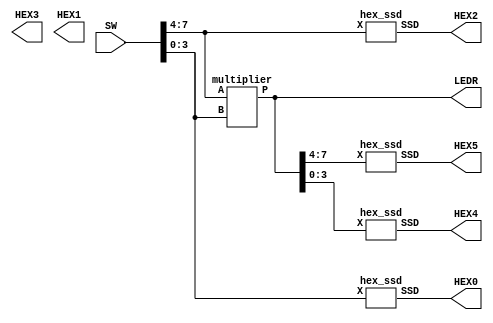
module part3 (SW, LEDR, HEX5, HEX4, HEX3, HEX2, HEX1, HEX0);
  input [7:0] SW;
  output [7:0] LEDR;
  output [0:6] HEX5, HEX4, HEX3, HEX2, HEX1, HEX0;

  multiplier M0 (SW[7:4], SW[3:0], LEDR[7:0]);

  hex_ssd H0 (SW[7:4], HEX2);
  hex_ssd H1 (SW[3:0], HEX0);
  hex_ssd H2 (LEDR[7:4], HEX5);
  hex_ssd H3 (LEDR[3:0], HEX4);
endmodule

module multiplier (A, B, P);
  input [3:0] A, B;
  output [7:0] P;

  wire c01, c02, c03, c04;
  wire s02, s03, s04;

  wire c12, c13, c14, c15;
  wire s13, s14, s15;

  wire c23, c24, c25, c26;

  assign P[0] = A[0] & B[0];

  fulladder F01 (A[1] & B[0], A[0] & B[1], 1'b0, P[1], c01);
  fulladder F02 (A[2] & B[0], A[1] & B[1], c01, s02, c02);
  fulladder F03 (A[3] & B[0], A[2] & B[1], c02, s03, c03);
  fulladder F04 (1'b0, A[3] & B[1], c03, s04, c04);

  fulladder F12 (s02, A[0] & B[2], 1'b0, P[2], c12);
  fulladder F13 (s03, A[1] & B[2], c12, s13, c13);
  fulladder F14 (s04, A[2] & B[2], c13, s14, c14);
  fulladder F15 (c04, A[3] & B[2], c14, s15, c15);

  fulladder F23 (s13, A[0] & B[3], 1'b0, P[3], c23);
  fulladder F24 (s14, A[1] & B[3], c23, P[4], c24);
  fulladder F25 (s15, A[2] & B[3], c24, P[5], c25);
  fulladder F26 (c15, A[3] & B[3], c25, P[6], P[7]);

endmodule

module hex_ssd (X, SSD);
  input [3:0] X;
  output [6:0] SSD;

  assign SSD[0] = (~X[3] &  X[2] & ~X[1] & ~X[0]) | (~X[3] &  ~X[2] & ~X[1] & X[0]) ;
  assign SSD[1] = (~X[3] & X[2] & ~X[1] & X[0]) | (~X[3] & X[2] & X[1] & ~X[0]) | (X[3] & X[2] & ~X[1] & ~X[0]) | (X[3] & X[2] & X[1] & ~X[0]) | (X[3] & X[2] & X[1] & X[0]);
  assign SSD[2] =  (~X[3] & ~X[2] &  X[1] & ~X[0]) | (X[3] & X[2] & ~X[1] & ~X[0]) | (X[3] & X[2] & X[1] & ~X[0]) | (X[3] & X[2] & X[1] & X[0]);
  assign SSD[3] = (~X[3] & ~X[2] & ~X[1] &  X[0]) | (~X[3] &  X[2] & ~X[1] & ~X[0]) | (~X[3] &  X[2] & X[1] & X[0]) | (X[3] & ~X[2] & ~X[1] & X[0]) | (X[3] &  ~X[2] & X[1] & ~X[0]) | (X[3] & X[2] & X[1] & X[0]);
  assign SSD[4] = (X[3] & ~X[2] & ~X[1] &  X[0]) | (~X[3] & X[2] & X[1] &  X[0]) | (~X[3] & ~X[2] & ~X[1] &  X[0]) | (~X[3] & ~X[2] & X[1] & X[0]) | (~X[3] &  X[2] & ~X[1] & ~X[0]) | (~X[3] &  X[2] & ~X[1] & X[0]);
  assign SSD[5] = (~X[3] & ~X[2] & ~X[1] &  X[0]) | (~X[3] & ~X[2] &  X[1] & ~X[0]) | (~X[3] & ~X[2] & X[1] & X[0]) | (~X[3] & X[2] & X[1] & X[0]);
  assign SSD[6] = (~X[3] & ~X[2] & ~X[1] &  X[0]) | (~X[3] & ~X[2] & ~X[1] & ~X[0]) | (~X[3] &  X[2] & X[1] & X[0]) | (X[3] & X[2] & ~X[1] & ~X[0]) | (X[3] & X[2] & ~X[1] & X[0]);
endmodule

module fulladder (a, b, ci, s, co);
  input a, b, ci;
  output co, s;

  wire d;

  assign d = a ^ b;
  assign s = d ^ ci;
  assign co = (b & ~d) | (d & ci);
endmodule